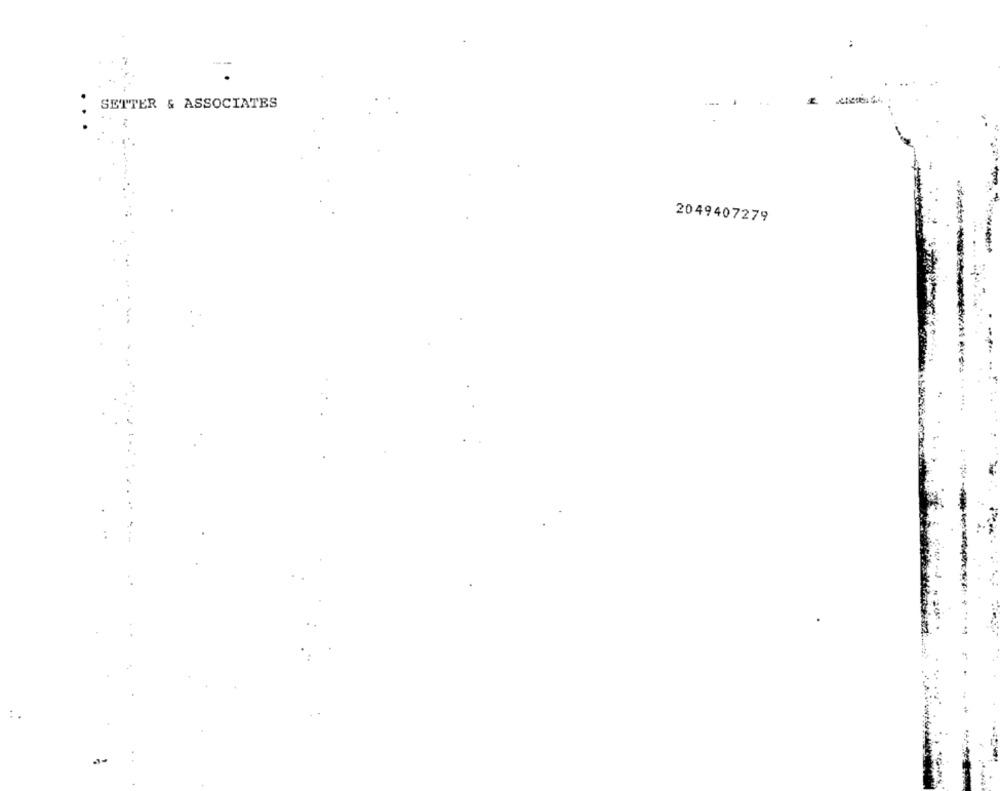
--
SETTER & ASSOCIATES
..
2049407279
.....
-*